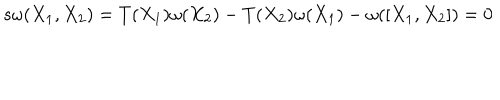
LaTeX: s \omega ( X _ { 1 } , X _ { 2 } ) = T ( X _ { 1 } ) \omega ( X _ { 2 } ) - T ( X _ { 2 } ) \omega ( X _ { 1 } ) - \omega ( [ X _ { 1 } , X _ { 2 } ] ) = 0